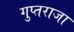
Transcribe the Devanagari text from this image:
गुप्तराजा